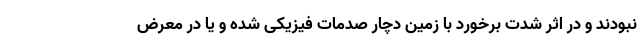
نبودند و در اثر شدت برخورد با زمین دچار صدمات فیزیکی شده و یا در معرض